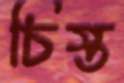
চিস্ত